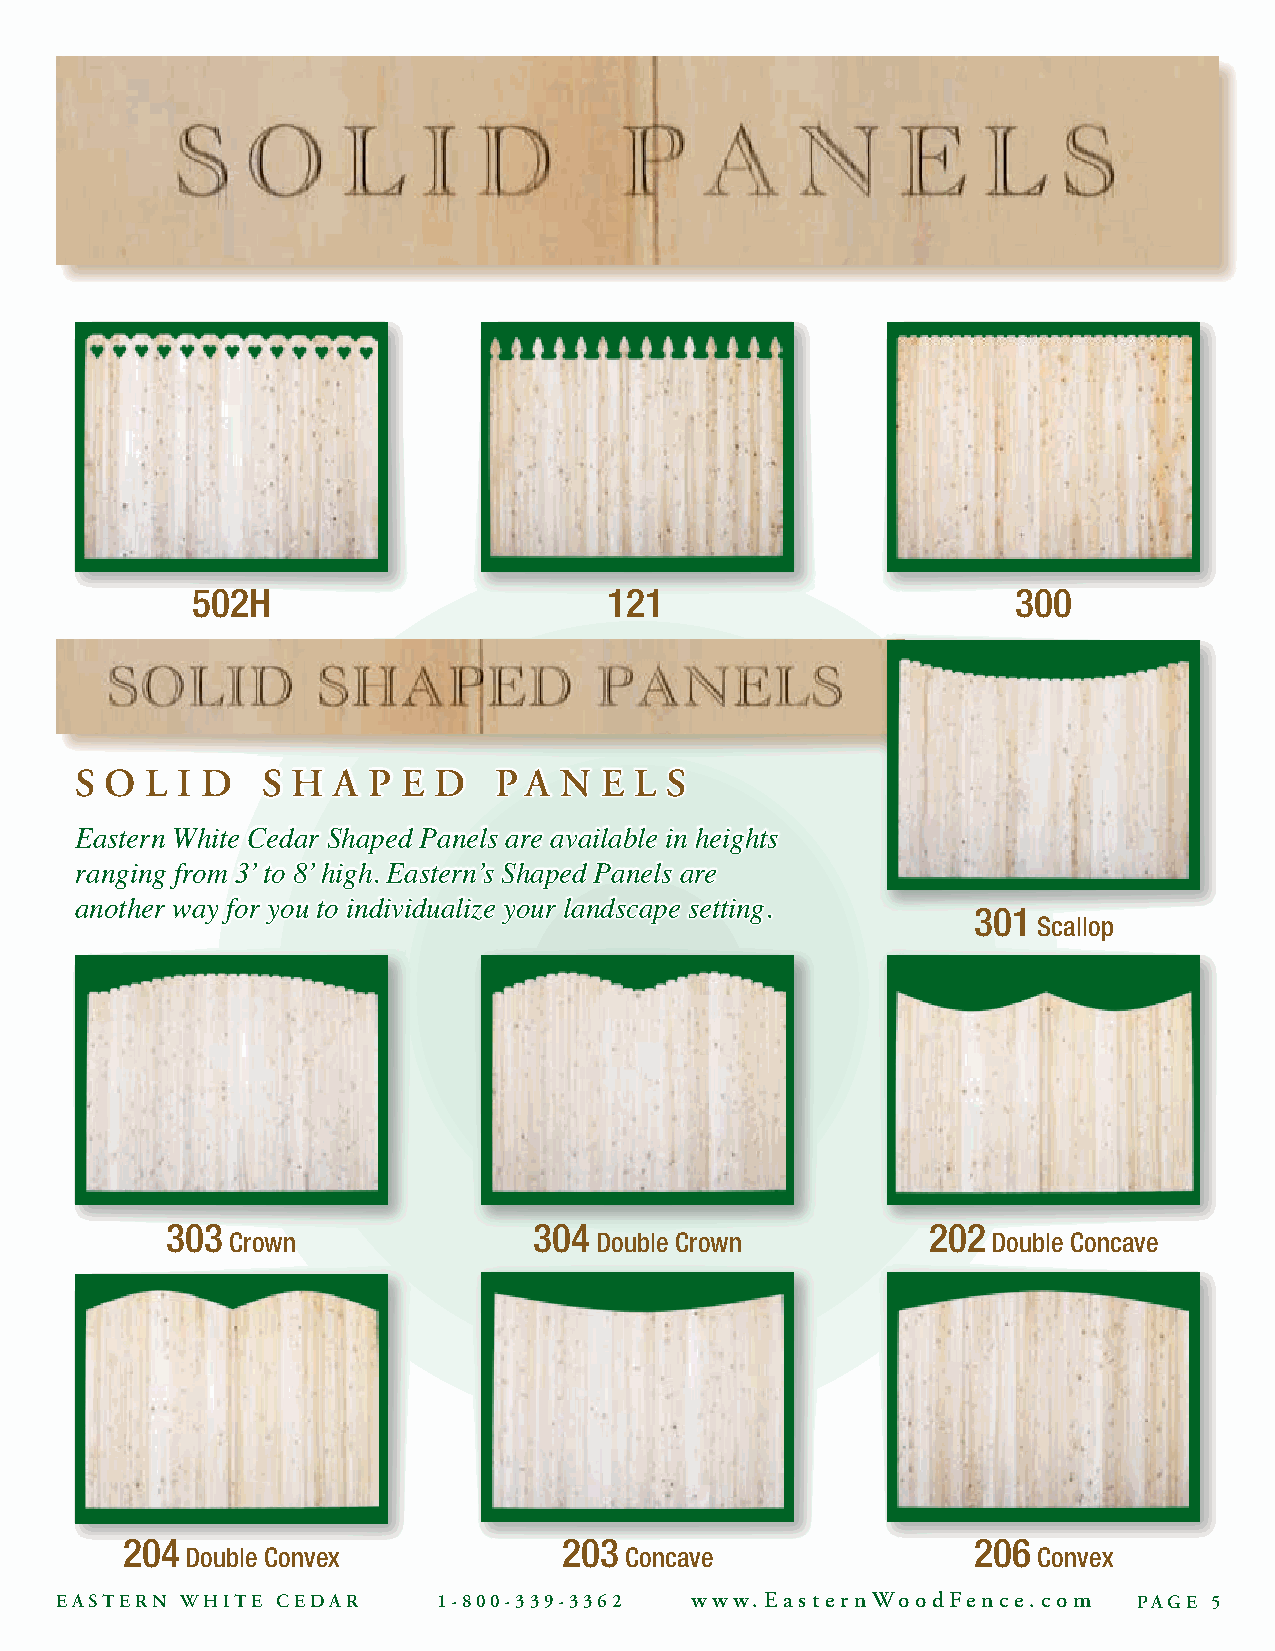
502H                       121                        300
 S O  L I D  S H  A P  E D   P A N  E L S
 Eastern White Cedar Shaped Panels are available in heights
 ranging from 3’ to 8’ high. Eastern’s Shaped Panels are
 another way for you to individualize your landscape setting. 301
 Scallop
 303                     304                       202
 Crown                    Double Crown              Double Concave
 204                          203                         206
 Double Convex                Concave                     Convex
 EASTERN WHITE CEDAR      1-800-339-3362   www.EasternWoodFence.com     PAGE 5